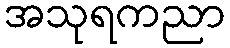
အသုရကညာ